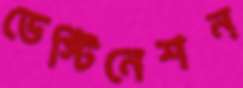
ডেস্টিনেশন